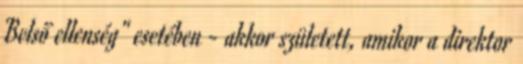
Belső ellenség" esetében - akkor született, amikor a direktor